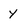
Character: y